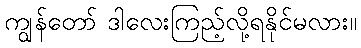
ကျွန်တော် ဒါလေးကြည့်လို့ရနိုင်မလား။